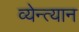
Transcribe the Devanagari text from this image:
व्येन्त्यान